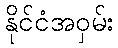
နိုင်ငံအဝှမ်း